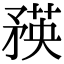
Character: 𥍼